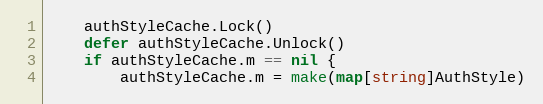
Language: Go
	authStyleCache.Lock()
	defer authStyleCache.Unlock()
	if authStyleCache.m == nil {
		authStyleCache.m = make(map[string]AuthStyle)